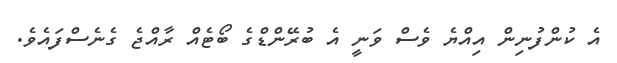
އެ ކުންފުނިން އިއްޔެ ވެސް ވަނީ އެ ބުރޭންޑްގެ ބޯޓެއް ރާއްޖެ ގެނެސްފައެވެ.